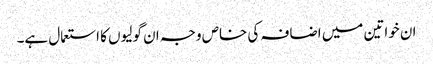
ان خواتین میں اضافہ کی خاص وجہ ان گولیوں کا استعمال ہے۔